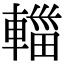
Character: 輺